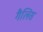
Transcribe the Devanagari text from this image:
गैलिस